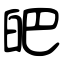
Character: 皅